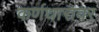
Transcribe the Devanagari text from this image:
कर्णधारावर